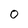
Character: 0